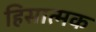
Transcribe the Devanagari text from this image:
हिसात्मक